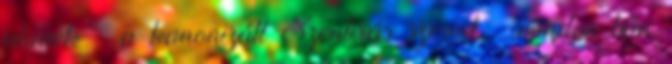
akinek – a kanonizált Szentírás szerint – minden bűn